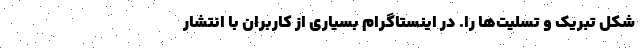
شکل تبریک و تسلیت‌ها را. در اینستاگرام بسیاری از کاربران با انتشار